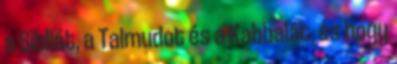
a Bibliát, a Talmudot és a Kabbalát, és hogy